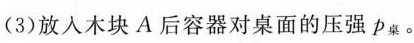
(3)放入木块A后容器对桌面的压强p桌。